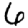
Digit: 6